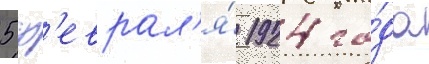
5 ф'еврал'я́ 1924 го́да